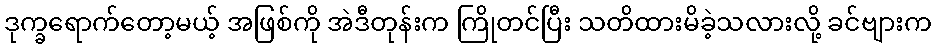
ဒုက္ခရောက်တော့မယ့် အဖြစ်ကို အဲဒီတုန်းက ကြိုတင်ပြီး သတိထားမိခဲ့သလားလို့ ခင်ဗျားက